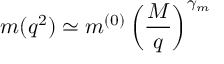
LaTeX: m ( q ^ { 2 } ) \simeq m ^ { ( 0 ) } \left( \frac { M } { q } \right) ^ { \gamma _ { m } }